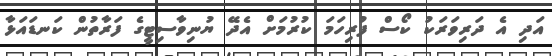
އަދި އެ ދަރިވަރަކު ކޯސް ފުރިހަމަ ކުރުމަށް އެދޭ ޔުނިވާސިޓީގެ ފަރާތުން ކަނޑައަޅާ